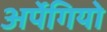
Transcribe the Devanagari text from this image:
अर्पेगियो